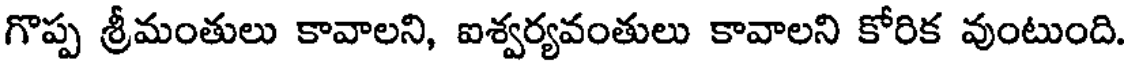
గొప్ప శ్రీమంతులు కావాలని, ఐశ్వర్యవంతులు కావాలని కోరిక వుంటుంది